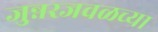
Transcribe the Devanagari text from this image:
जुन्नरजवळच्या